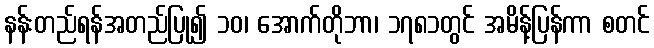
နန်းတည်ရန်အတည်ပြု၍ ၁၀၊ အောက်တိုဘာ၊ ၁၇၈၁တွင် အမိန့်ပြန်ကာ စတင်